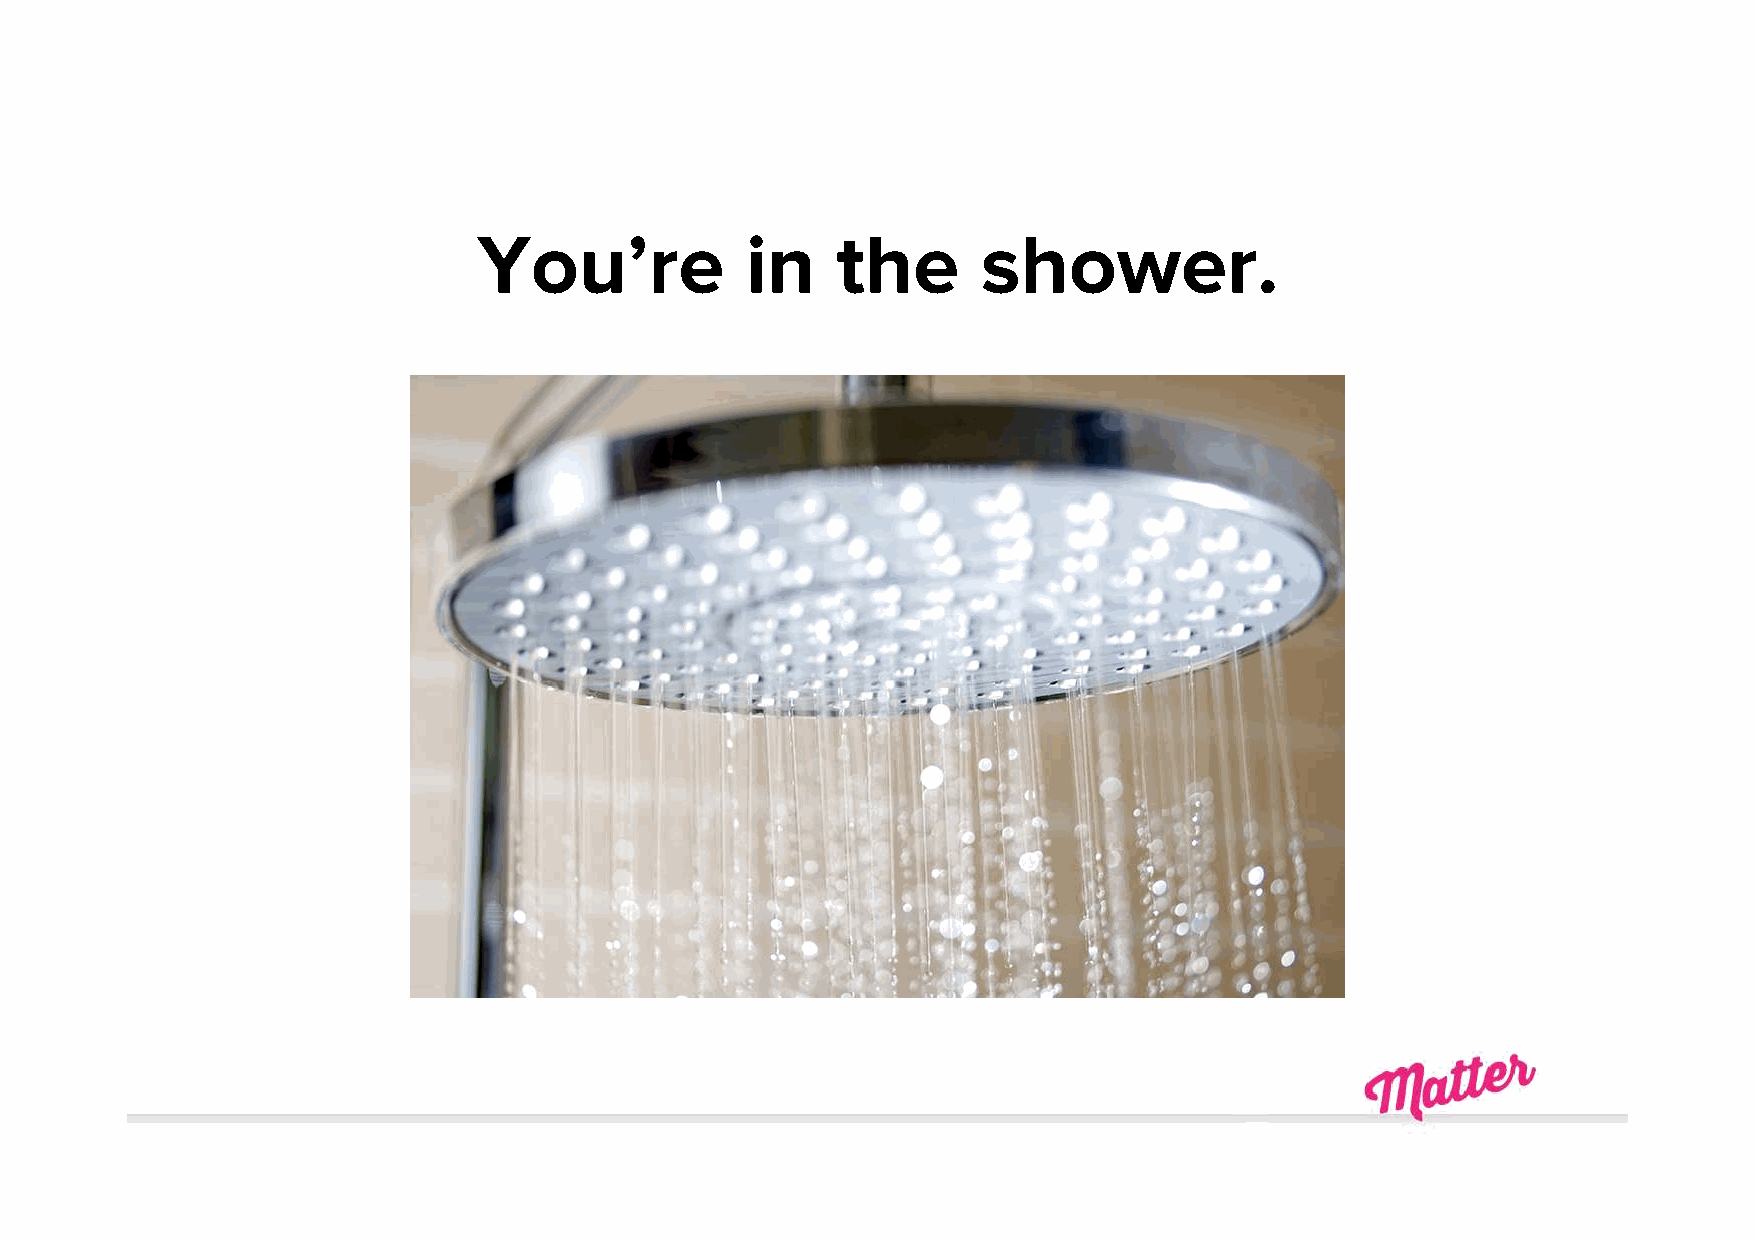
You’re           in    the       shower.